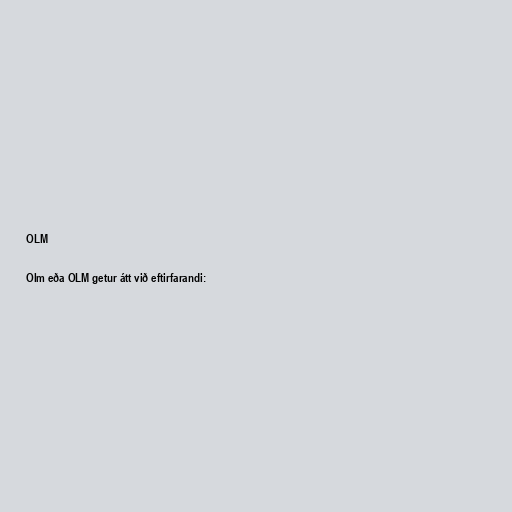
OLM

Olm eða OLM getur átt við eftirfarandi: